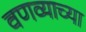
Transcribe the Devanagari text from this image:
वणव्याच्या